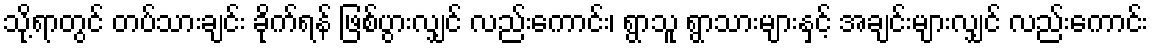
သို့ရာတွင် တပ်သားချင်း ခိုက်ရန် ဖြစ်ပွားလျှင် လည်းကောင်း၊ ရွာသူ ရွာသားများနှင့် အချင်းများလျှင် လည်းကောင်း